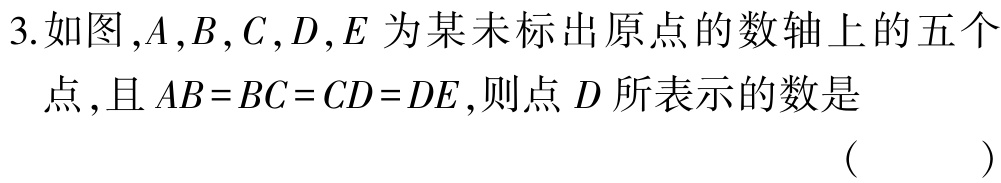
3.如图，\(A,B,C,D,E\)为某未标出原点的数轴上的五个

点，且\(AB = BC = CD = DE\)，则点\(D\)所表示的数是

( )